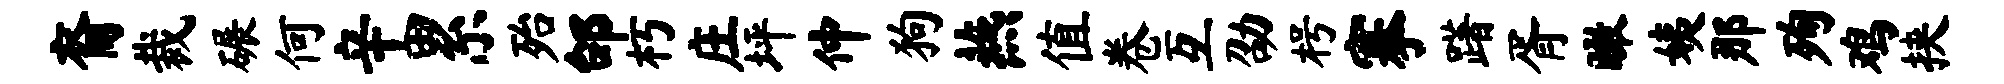
裔裁碾何辛累殆邰朽庄坪仲狗燕值卷互劭枵搴躇胥瞰姨那殉鸡挟